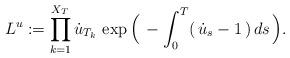
LaTeX: \begin{align*}L^u:=\prod_{k=1}^{X_T}\dot{u}_{T_k}\,\exp\Big(\,-\int_0^T(\,\dot{u}_s-1\,)\,ds\,\Big).\end{align*}